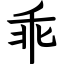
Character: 乖